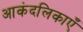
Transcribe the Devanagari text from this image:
आकंदलिकाएँ